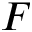
F